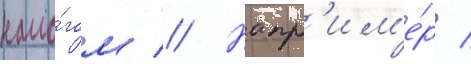
нало́гом // Напр'им'е́р /